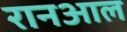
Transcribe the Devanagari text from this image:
रानआल